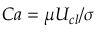
C a = \mu U _ { c l } / \sigma